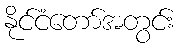
နိုင်ငံတော်အတွင်း